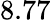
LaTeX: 8.77